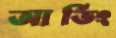
আর্ভিং